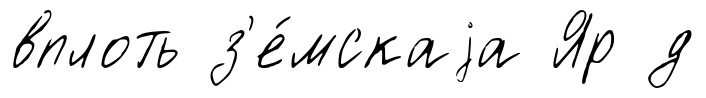
вплоть з'е́мскаjа Яр д